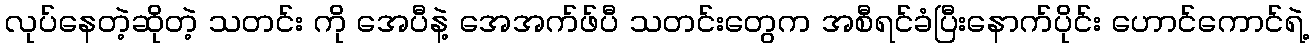
လုပ်နေတဲ့ဆိုတဲ့ သတင်း ကို အေပီနဲ့ အေအက်ဖ်ပီ သတင်းတွေက အစီရင်ခံပြီးနောက်ပိုင်း ဟောင်ကောင်ရဲ့